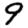
Digit: 9